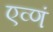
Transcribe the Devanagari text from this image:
एव्णं